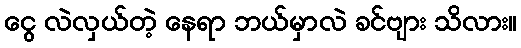
ငွေ လဲလှယ်တဲ့ နေရာ ဘယ်မှာလဲ ခင်ဗျား သိလား။